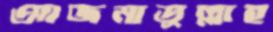
আজমাতুল্লাহ